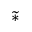
\widetilde { * }